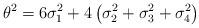
LaTeX: \begin{align*}\theta^2 = 6\sigma_1^2+4\left(\sigma_2^2+\sigma_3^2+\sigma_4^2\right)\end{align*}